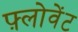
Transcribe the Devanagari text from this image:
फ़्लोवेंट